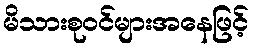
မိသားစုဝင်များအနေဖြင့်